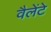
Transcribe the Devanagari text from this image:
वैलेंटे